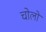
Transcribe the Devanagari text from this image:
चोलो